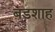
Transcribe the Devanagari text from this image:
बडशाह